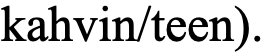
kahvin/teen).